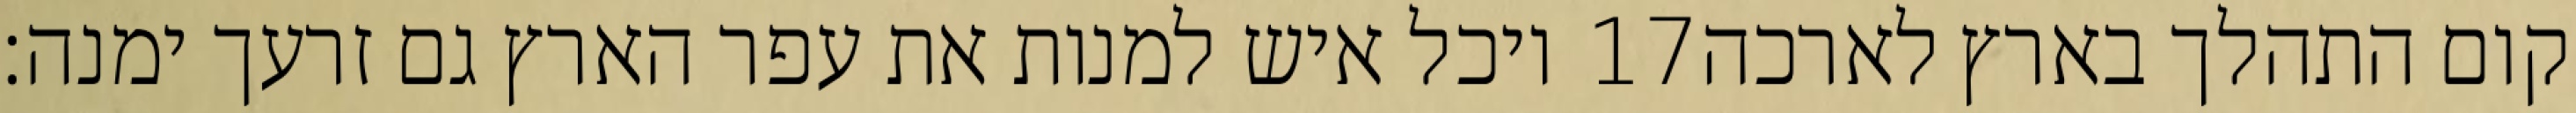
יוכל איש למנות את עפר הארץ גם זרעך ימנה׃ ‎17‏ קום התהלך בארץ לארכה